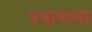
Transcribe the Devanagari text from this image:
बचावच्या